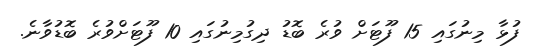
ފުޅާ މިނުގައި 15 ފޫޓަށް ވުރެ ބޮޑު ދިގުމިނުގައި 10 ފޫޓަށްވުރެ ބޮޑުވާނެ.